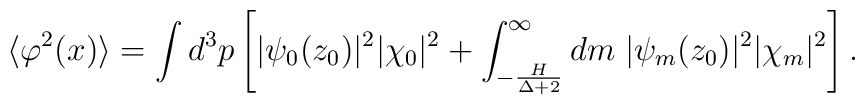
\langle \varphi^{2}(x) \rangle = \int d^{3}p \left[ |\psi_{0}(z_0)|^{2} |\chi_{0}|^{2}+ \int^{\infty}_{-\frac{H}{\Delta + 2}} dm \; |\psi_{m}(z_0)|^{2} |\chi_{m}|^{2} \right].